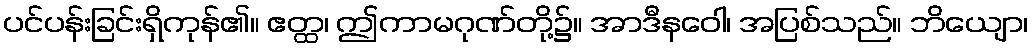
ပင်ပန်းခြင်းရှိကုန်၏။ ဧတ္ထ၊ ဤကာမဂုဏ်တို့၌။ အာဒီနဝေါ၊ အပြစ်သည်။ ဘိယျော၊